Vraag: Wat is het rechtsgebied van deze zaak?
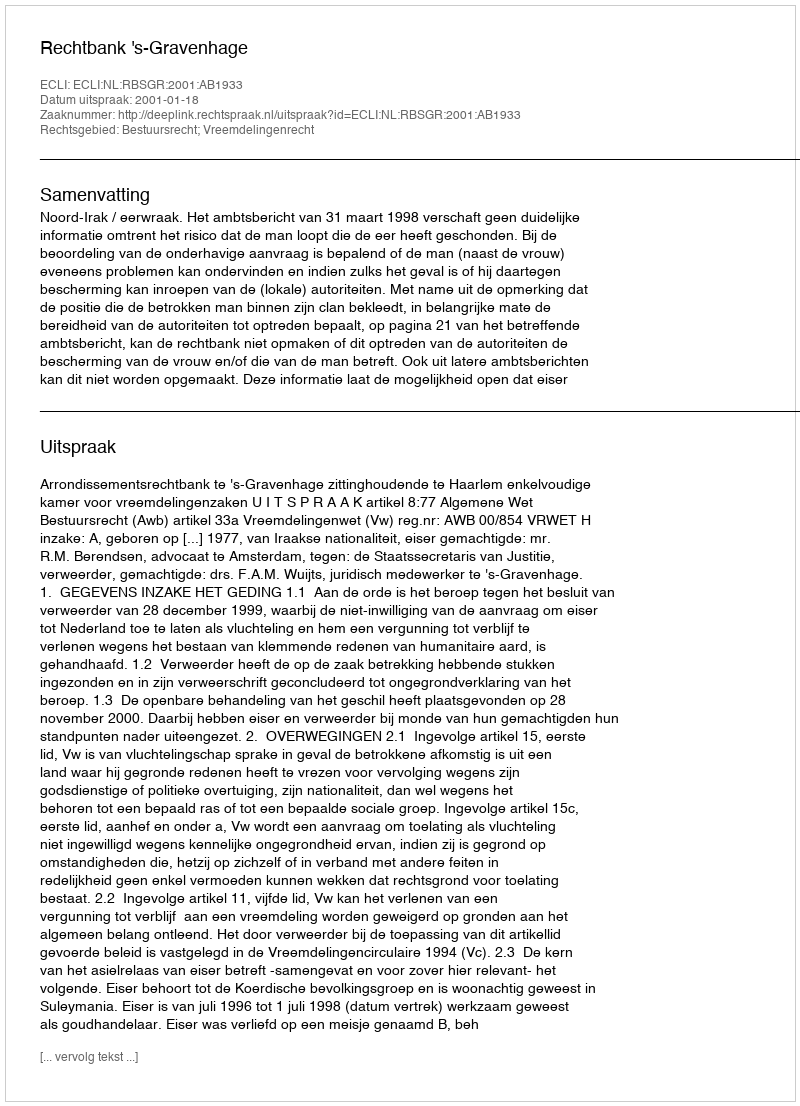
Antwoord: Bestuursrecht; Vreemdelingenrecht